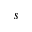
s